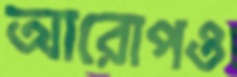
আরোপও